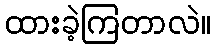
ထားခဲ့ကြတာလဲ။